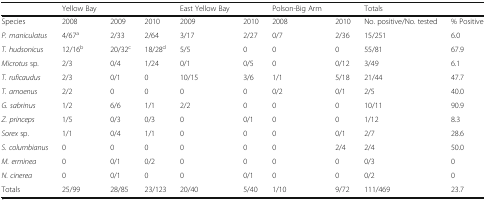
<table><thead><tr><td></td><td><b>Yellow Bay</b></td><td></td><td></td><td><b>East Yellow Bay</b></td><td></td><td><b>Polson-Big Arm</b></td><td></td><td><b>Totals</b></td><td></td></tr></thead><tbody><tr><td>Species</td><td>2008</td><td>2009</td><td>2010</td><td>2009</td><td>2010</td><td>2008</td><td>2010</td><td>No. positive/No. tested</td><td>% Positive</td></tr><tr><td><i>P. maniculatus</i></td><td>4/67<sup>a</sup></td><td>2/33</td><td>2/64</td><td>3/17</td><td>2/27</td><td>0/7</td><td>2/36</td><td>15/251</td><td>6.0</td></tr><tr><td><i>T. hudsonicus</i></td><td>12/16<sup>b</sup></td><td>20/32<sup>c</sup></td><td>18/28<sup>d</sup></td><td>5/5</td><td>0</td><td>0</td><td>0</td><td>55/81</td><td>67.9</td></tr><tr><td><i>Microtus</i> sp.</td><td>2/3</td><td>0/4</td><td>1/24</td><td>0/1</td><td>0/5</td><td>0</td><td>0/12</td><td>3/49</td><td>6.1</td></tr><tr><td><i>T. ruficaudus</i></td><td>2/3</td><td>0/1</td><td>0</td><td>10/15</td><td>3/6</td><td>1/1</td><td>5/18</td><td>21/44</td><td>47.7</td></tr><tr><td><i>T. amoenus</i></td><td>2/2</td><td>0</td><td>0</td><td>0</td><td>0</td><td>0/2</td><td>0/1</td><td>2/5</td><td>40.0</td></tr><tr><td><i>G. sabrinus</i></td><td>1/2</td><td>6/6</td><td>1/1</td><td>2/2</td><td>0</td><td>0</td><td>0</td><td>10/11</td><td>90.9</td></tr><tr><td><i>Z. princeps</i></td><td>1/5</td><td>0/3</td><td>0/3</td><td>0</td><td>0/1</td><td>0</td><td>0</td><td>1/12</td><td>8.3</td></tr><tr><td><i>Sorex</i> sp.</td><td>1/1</td><td>0/4</td><td>1/1</td><td>0</td><td>0</td><td>0</td><td>0/1</td><td>2/7</td><td>28.6</td></tr><tr><td><i>S. columbianus</i></td><td>0</td><td>0</td><td>0</td><td>0</td><td>0</td><td>0</td><td>2/4</td><td>2/4</td><td>50.0</td></tr><tr><td><i>M. erminea</i></td><td>0</td><td>0/1</td><td>0/2</td><td>0</td><td>0</td><td>0</td><td>0</td><td>0/3</td><td>0</td></tr><tr><td><i>N. cinerea</i></td><td>0</td><td>0/1</td><td>0</td><td>0</td><td>0/1</td><td>0</td><td>0</td><td>0/2</td><td>0</td></tr><tr><td>Totals</td><td>25/99</td><td>28/85</td><td>23/123</td><td>20/40</td><td>5/40</td><td>1/10</td><td>9/72</td><td>111/469</td><td>23.7</td></tr></tbody></table>